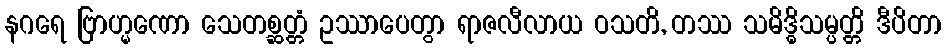
နဂရေ ဗြာဟ္မဏော သေတစ္ဆတ္တံ ဥဿာပေတွာ ရာဇလီလာယ ဝသတိ, တဿ သမိဒ္ဓိသမ္ပတ္တိ ဒီပိတာ